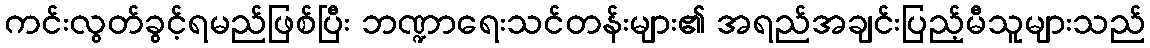
ကင်းလွတ်ခွင့်ရမည်ဖြစ်ပြီး ဘဏ္ဍာရေးသင်တန်းများ၏ အရည်အချင်းပြည့်မီသူများသည်